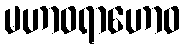
မဟာဝရာဟောဝ